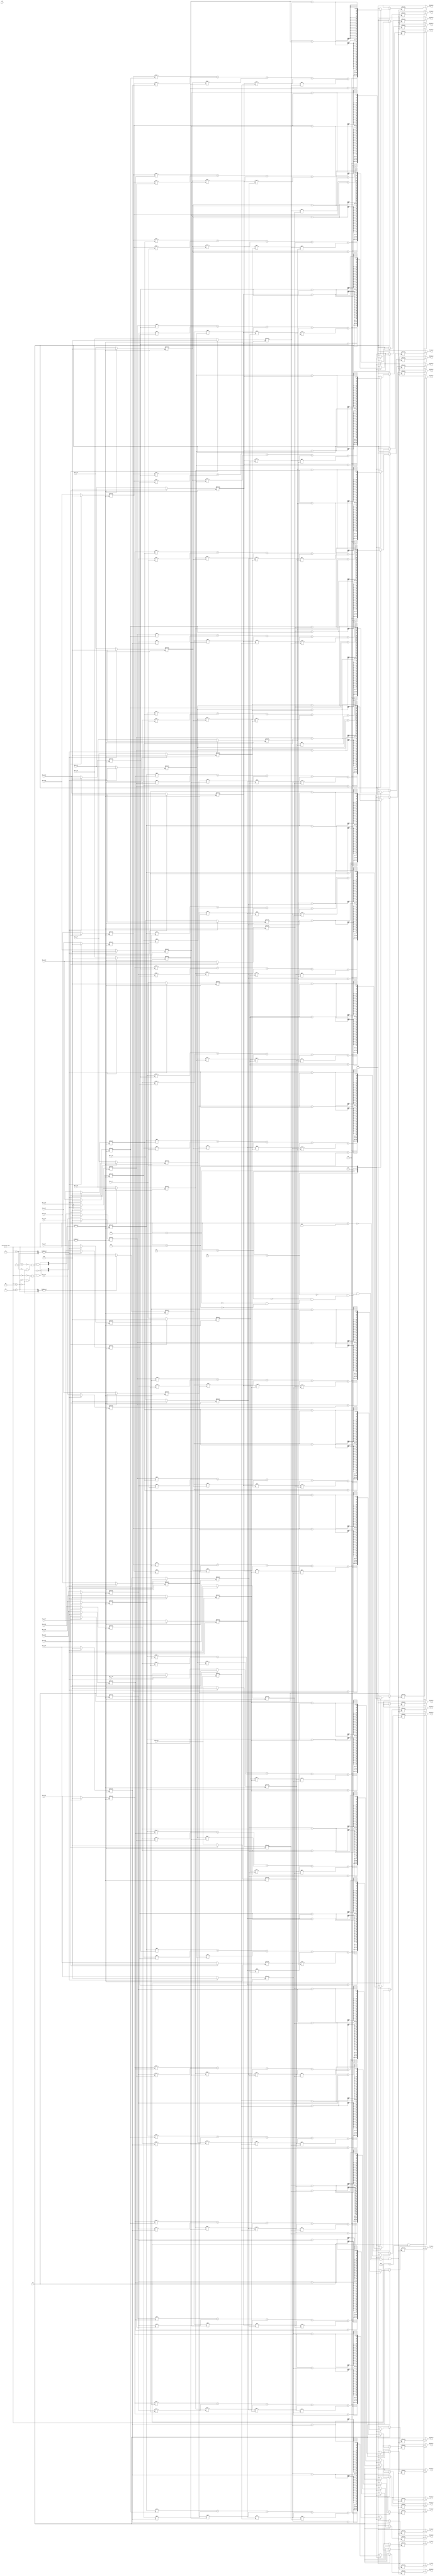
`timescale 1ns / 1ps
//////////////////////////////////////////////////////////////////////////////////
// Company: 
// Engineer: 
// 
// Design Name: 
// Module Name: Matric_MAC
// Project Name: 
// Target Devices: 
// Tool Versions: 
// Description: 
// 
// Dependencies: 
// 
// Revision:
// Revision 0.01 - File Created
// Additional Comments:
// 
//////////////////////////////////////////////////////////////////////////////////


module Matrix_MAC(
    input clk, rst,
    input [3:0] Instruction_Type,

    input [12:0] MAC_A_11, MAC_A_12, MAC_A_13, MAC_A_14, MAC_A_15,
    input [12:0] MAC_A_21, MAC_A_22, MAC_A_23, MAC_A_24, MAC_A_25,
    input [12:0] MAC_A_31, MAC_A_32, MAC_A_33, MAC_A_34, MAC_A_35,
    input [12:0] MAC_A_41, MAC_A_42, MAC_A_43, MAC_A_44, MAC_A_45,
    input [12:0] MAC_A_51, MAC_A_52, MAC_A_53, MAC_A_54, MAC_A_55,
    
    
    output [31:0] MAC_R_11, MAC_R_12, MAC_R_13, MAC_R_14, MAC_R_15, 
    output [31:0] MAC_R_21, MAC_R_22, MAC_R_23, MAC_R_24, MAC_R_25, 
    output [31:0] MAC_R_31, MAC_R_32, MAC_R_33, MAC_R_34, MAC_R_35, 
    output [31:0] MAC_R_41, MAC_R_42, MAC_R_43, MAC_R_44, MAC_R_45, 
    output [31:0] MAC_R_51, MAC_R_52, MAC_R_53, MAC_R_54, MAC_R_55
     
    );
    reg [31:0] MAC_R_11_r, MAC_R_12_r, MAC_R_13_r, MAC_R_14_r, MAC_R_15_r; 
    reg [31:0] MAC_R_21_r, MAC_R_22_r, MAC_R_23_r, MAC_R_24_r, MAC_R_25_r; 
    reg [31:0] MAC_R_31_r, MAC_R_32_r, MAC_R_33_r, MAC_R_34_r, MAC_R_35_r;
    reg [31:0] MAC_R_41_r, MAC_R_42_r, MAC_R_43_r, MAC_R_44_r, MAC_R_45_r;
    reg [31:0] MAC_R_51_r, MAC_R_52_r, MAC_R_53_r, MAC_R_54_r, MAC_R_55_r;
         
    reg [12:0] MAC_A_11_r, MAC_A_12_r, MAC_A_13_r, MAC_A_14_r, MAC_A_15_r;
    reg [12:0] MAC_A_21_r, MAC_A_22_r, MAC_A_23_r, MAC_A_24_r, MAC_A_25_r;
    reg [12:0] MAC_A_31_r, MAC_A_32_r, MAC_A_33_r, MAC_A_34_r, MAC_A_35_r;
    reg [12:0] MAC_A_41_r, MAC_A_42_r, MAC_A_43_r, MAC_A_44_r, MAC_A_45_r;
    reg [12:0] MAC_A_51_r, MAC_A_52_r, MAC_A_53_r, MAC_A_54_r, MAC_A_55_r;
    
    reg [12:0] MAC_B_11_r, MAC_B_12_r, MAC_B_13_r, MAC_B_14_r, MAC_B_15_r;
    reg [12:0] MAC_B_21_r, MAC_B_22_r, MAC_B_23_r, MAC_B_24_r, MAC_B_25_r;
    reg [12:0] MAC_B_31_r, MAC_B_32_r, MAC_B_33_r, MAC_B_34_r, MAC_B_35_r;
    reg [12:0] MAC_B_41_r, MAC_B_42_r, MAC_B_43_r, MAC_B_44_r, MAC_B_45_r;
    reg [12:0] MAC_B_51_r, MAC_B_52_r, MAC_B_53_r, MAC_B_54_r, MAC_B_55_r;
    
    always@(*)
    begin
        if(rst == 0)
        begin
            MAC_R_11_r <= 0; MAC_R_12_r <= 0; MAC_R_13_r <= 0; MAC_R_14_r <= 0; MAC_R_15_r <= 0;
            MAC_R_21_r <= 0; MAC_R_22_r <= 0; MAC_R_23_r <= 0; MAC_R_24_r <= 0; MAC_R_25_r <= 0;
            MAC_R_31_r <= 0; MAC_R_32_r <= 0; MAC_R_33_r <= 0; MAC_R_34_r <= 0; MAC_R_35_r <= 0;
            MAC_R_41_r <= 0; MAC_R_42_r <= 0; MAC_R_43_r <= 0; MAC_R_44_r <= 0; MAC_R_45_r <= 0;
            MAC_R_51_r <= 0; MAC_R_52_r <= 0; MAC_R_53_r <= 0; MAC_R_54_r <= 0; MAC_R_55_r <= 0;
        end
        else
        begin
            case(Instruction_Type)
            0:begin//LOAD MATRIX A
                MAC_A_11_r <= MAC_A_11; MAC_A_12_r <= MAC_A_12; MAC_A_13_r <= MAC_A_13; MAC_A_14_r <= MAC_A_14; MAC_A_15_r <= MAC_A_15; 
                MAC_A_21_r <= MAC_A_21; MAC_A_22_r <= MAC_A_22; MAC_A_23_r <= MAC_A_23; MAC_A_24_r <= MAC_A_24; MAC_A_25_r <= MAC_A_25; 
                MAC_A_31_r <= MAC_A_31; MAC_A_32_r <= MAC_A_32; MAC_A_33_r <= MAC_A_33; MAC_A_34_r <= MAC_A_34; MAC_A_35_r <= MAC_A_35; 
                MAC_A_41_r <= MAC_A_41; MAC_A_42_r <= MAC_A_42; MAC_A_43_r <= MAC_A_43; MAC_A_44_r <= MAC_A_44; MAC_A_45_r <= MAC_A_45; 
                MAC_A_51_r <= MAC_A_51; MAC_A_52_r <= MAC_A_52; MAC_A_53_r <= MAC_A_53; MAC_A_54_r <= MAC_A_54; MAC_A_55_r <= MAC_A_55;
            end
            1:begin//LOAD MATRIX B
                MAC_B_11_r <= MAC_A_11; MAC_B_12_r <= MAC_A_12; MAC_B_13_r <= MAC_A_13; MAC_B_14_r <= MAC_A_14; MAC_B_15_r <= MAC_A_15; 
                MAC_B_21_r <= MAC_A_21; MAC_B_22_r <= MAC_A_22; MAC_B_23_r <= MAC_A_23; MAC_B_24_r <= MAC_A_24; MAC_B_25_r <= MAC_A_25; 
                MAC_B_31_r <= MAC_A_31; MAC_B_32_r <= MAC_A_32; MAC_B_33_r <= MAC_A_33; MAC_B_34_r <= MAC_A_34; MAC_B_35_r <= MAC_A_35; 
                MAC_B_41_r <= MAC_A_41; MAC_B_42_r <= MAC_A_42; MAC_B_43_r <= MAC_A_43; MAC_B_44_r <= MAC_A_44; MAC_B_45_r <= MAC_A_45; 
                MAC_B_51_r <= MAC_A_51; MAC_B_52_r <= MAC_A_52; MAC_B_53_r <= MAC_A_53; MAC_B_54_r <= MAC_A_54; MAC_B_55_r <= MAC_A_55;
            end
            2:begin//CLEAR MATRIX A
                MAC_A_11_r <= 0; MAC_A_12_r <= 0; MAC_A_13_r <= 0; MAC_A_14_r <= 0; MAC_A_15_r <= 0; 
                MAC_A_21_r <= 0; MAC_A_22_r <= 0; MAC_A_23_r <= 0; MAC_A_24_r <= 0; MAC_A_25_r <= 0;
                MAC_A_31_r <= 0; MAC_A_32_r <= 0; MAC_A_33_r <= 0; MAC_A_34_r <= 0; MAC_A_35_r <= 0;
                MAC_A_41_r <= 0; MAC_A_42_r <= 0; MAC_A_43_r <= 0; MAC_A_44_r <= 0; MAC_A_45_r <= 0;
                MAC_A_51_r <= 0; MAC_A_52_r <= 0; MAC_A_53_r <= 0; MAC_A_54_r <= 0; MAC_A_55_r <= 0;
            end
            3:begin//CLEAR MATRIX B
                MAC_B_11_r <= 0; MAC_B_12_r <= 0; MAC_B_13_r <= 0; MAC_B_14_r <= 0; MAC_B_15_r <= 0; 
                MAC_B_21_r <= 0; MAC_B_22_r <= 0; MAC_B_23_r <= 0; MAC_B_24_r <= 0; MAC_B_25_r <= 0;
                MAC_B_31_r <= 0; MAC_B_32_r <= 0; MAC_B_33_r <= 0; MAC_B_34_r <= 0; MAC_B_35_r <= 0;
                MAC_B_41_r <= 0; MAC_B_42_r <= 0; MAC_B_43_r <= 0; MAC_B_44_r <= 0; MAC_B_45_r <= 0;
                MAC_B_51_r <= 0; MAC_B_52_r <= 0; MAC_B_53_r <= 0; MAC_B_54_r <= 0; MAC_B_55_r <= 0;
            end
            4:begin//CLEAR MATRIX R
                MAC_R_11_r <= 0; MAC_R_12_r <= 0; MAC_R_13_r <= 0; MAC_R_14_r <= 0; MAC_R_15_r <= 0;
                MAC_R_21_r <= 0; MAC_R_22_r <= 0; MAC_R_23_r <= 0; MAC_R_24_r <= 0; MAC_R_25_r <= 0;
                MAC_R_31_r <= 0; MAC_R_32_r <= 0; MAC_R_33_r <= 0; MAC_R_34_r <= 0; MAC_R_35_r <= 0;
                MAC_R_41_r <= 0; MAC_R_42_r <= 0; MAC_R_43_r <= 0; MAC_R_44_r <= 0; MAC_R_45_r <= 0;
                MAC_R_51_r <= 0; MAC_R_52_r <= 0; MAC_R_53_r <= 0; MAC_R_54_r <= 0; MAC_R_55_r <= 0;
            end
            5:begin//CLEAR ALL
                MAC_R_11_r <= 0; MAC_R_12_r <= 0; MAC_R_13_r <= 0; MAC_R_14_r <= 0; MAC_R_15_r <= 0;
                MAC_R_21_r <= 0; MAC_R_22_r <= 0; MAC_R_23_r <= 0; MAC_R_24_r <= 0; MAC_R_25_r <= 0;
                MAC_R_31_r <= 0; MAC_R_32_r <= 0; MAC_R_33_r <= 0; MAC_R_34_r <= 0; MAC_R_35_r <= 0;
                MAC_R_41_r <= 0; MAC_R_42_r <= 0; MAC_R_43_r <= 0; MAC_R_44_r <= 0; MAC_R_45_r <= 0;
                MAC_R_51_r <= 0; MAC_R_52_r <= 0; MAC_R_53_r <= 0; MAC_R_54_r <= 0; MAC_R_55_r <= 0;
                        
                MAC_A_11_r <= 0; MAC_A_12_r <= 0; MAC_A_13_r <= 0; MAC_A_14_r <= 0; MAC_A_15_r <= 0; 
                MAC_A_21_r <= 0; MAC_A_22_r <= 0; MAC_A_23_r <= 0; MAC_A_24_r <= 0; MAC_A_25_r <= 0;
                MAC_A_31_r <= 0; MAC_A_32_r <= 0; MAC_A_33_r <= 0; MAC_A_34_r <= 0; MAC_A_35_r <= 0;
                MAC_A_41_r <= 0; MAC_A_42_r <= 0; MAC_A_43_r <= 0; MAC_A_44_r <= 0; MAC_A_45_r <= 0;
                MAC_A_51_r <= 0; MAC_A_52_r <= 0; MAC_A_53_r <= 0; MAC_A_54_r <= 0; MAC_A_55_r <= 0;
                
                MAC_B_11_r <= 0; MAC_B_12_r <= 0; MAC_B_13_r <= 0; MAC_B_14_r <= 0; MAC_B_15_r <= 0; 
                MAC_B_21_r <= 0; MAC_B_22_r <= 0; MAC_B_23_r <= 0; MAC_B_24_r <= 0; MAC_B_25_r <= 0;
                MAC_B_31_r <= 0; MAC_B_32_r <= 0; MAC_B_33_r <= 0; MAC_B_34_r <= 0; MAC_B_35_r <= 0;
                MAC_B_41_r <= 0; MAC_B_42_r <= 0; MAC_B_43_r <= 0; MAC_B_44_r <= 0; MAC_B_45_r <= 0;
                MAC_B_51_r <= 0; MAC_B_52_r <= 0; MAC_B_53_r <= 0; MAC_B_54_r <= 0; MAC_B_55_r <= 0;
            end
            6:begin//MATRIX MULTIPLY
                MAC_R_11_r <= (MAC_A_11_r * MAC_B_11_r) + (MAC_A_12_r * MAC_B_21_r) + (MAC_A_13_r * MAC_B_31_r) + (MAC_A_14_r * MAC_B_41_r) + (MAC_A_15_r * MAC_B_51_r);
                MAC_R_12_r <= (MAC_A_11_r * MAC_B_12_r) + (MAC_A_12_r * MAC_B_22_r) + (MAC_A_13_r * MAC_B_32_r) + (MAC_A_14_r * MAC_B_42_r) + (MAC_A_15_r * MAC_B_52_r);
                MAC_R_13_r <= (MAC_A_11_r * MAC_B_13_r) + (MAC_A_12_r * MAC_B_23_r) + (MAC_A_13_r * MAC_B_33_r) + (MAC_A_14_r * MAC_B_43_r) + (MAC_A_15_r * MAC_B_53_r);
                MAC_R_14_r <= (MAC_A_11_r * MAC_B_14_r) + (MAC_A_12_r * MAC_B_24_r) + (MAC_A_13_r * MAC_B_34_r) + (MAC_A_14_r * MAC_B_44_r) + (MAC_A_15_r * MAC_B_54_r);
                MAC_R_15_r <= (MAC_A_11_r * MAC_B_15_r) + (MAC_A_12_r * MAC_B_25_r) + (MAC_A_13_r * MAC_B_35_r) + (MAC_A_14_r * MAC_B_45_r) + (MAC_A_15_r * MAC_B_55_r);

                MAC_R_21_r <= (MAC_A_21_r * MAC_B_11_r) + (MAC_A_22_r * MAC_B_21_r) + (MAC_A_23_r * MAC_B_31_r) + (MAC_A_24_r * MAC_B_41_r) + (MAC_A_25_r * MAC_B_51_r);
                MAC_R_22_r <= (MAC_A_21_r * MAC_B_12_r) + (MAC_A_22_r * MAC_B_22_r) + (MAC_A_23_r * MAC_B_32_r) + (MAC_A_24_r * MAC_B_42_r) + (MAC_A_25_r * MAC_B_52_r);
                MAC_R_23_r <= (MAC_A_21_r * MAC_B_13_r) + (MAC_A_22_r * MAC_B_23_r) + (MAC_A_23_r * MAC_B_33_r) + (MAC_A_24_r * MAC_B_43_r) + (MAC_A_25_r * MAC_B_53_r);
                MAC_R_24_r <= (MAC_A_21_r * MAC_B_14_r) + (MAC_A_22_r * MAC_B_24_r) + (MAC_A_23_r * MAC_B_34_r) + (MAC_A_24_r * MAC_B_44_r) + (MAC_A_25_r * MAC_B_54_r);
                MAC_R_25_r <= (MAC_A_21_r * MAC_B_15_r) + (MAC_A_22_r * MAC_B_25_r) + (MAC_A_23_r * MAC_B_35_r) + (MAC_A_24_r * MAC_B_45_r) + (MAC_A_25_r * MAC_B_55_r);
                
                MAC_R_31_r <= (MAC_A_31_r * MAC_B_11_r) + (MAC_A_32_r * MAC_B_21_r) + (MAC_A_33_r * MAC_B_31_r) + (MAC_A_34_r * MAC_B_41_r) + (MAC_A_35_r * MAC_B_51_r);
                MAC_R_32_r <= (MAC_A_31_r * MAC_B_12_r) + (MAC_A_32_r * MAC_B_22_r) + (MAC_A_33_r * MAC_B_32_r) + (MAC_A_34_r * MAC_B_42_r) + (MAC_A_35_r * MAC_B_52_r);
                MAC_R_33_r <= (MAC_A_31_r * MAC_B_13_r) + (MAC_A_32_r * MAC_B_23_r) + (MAC_A_33_r * MAC_B_33_r) + (MAC_A_34_r * MAC_B_43_r) + (MAC_A_35_r * MAC_B_53_r);
                MAC_R_34_r <= (MAC_A_31_r * MAC_B_14_r) + (MAC_A_32_r * MAC_B_24_r) + (MAC_A_33_r * MAC_B_34_r) + (MAC_A_34_r * MAC_B_44_r) + (MAC_A_35_r * MAC_B_54_r);
                MAC_R_35_r <= (MAC_A_31_r * MAC_B_15_r) + (MAC_A_32_r * MAC_B_25_r) + (MAC_A_33_r * MAC_B_35_r) + (MAC_A_34_r * MAC_B_45_r) + (MAC_A_35_r * MAC_B_55_r);
                
                MAC_R_41_r <= (MAC_A_41_r * MAC_B_11_r) + (MAC_A_42_r * MAC_B_21_r) + (MAC_A_43_r * MAC_B_31_r) + (MAC_A_44_r * MAC_B_41_r) + (MAC_A_45_r * MAC_B_51_r);
                MAC_R_42_r <= (MAC_A_41_r * MAC_B_12_r) + (MAC_A_42_r * MAC_B_22_r) + (MAC_A_43_r * MAC_B_32_r) + (MAC_A_44_r * MAC_B_42_r) + (MAC_A_45_r * MAC_B_52_r);
                MAC_R_43_r <= (MAC_A_41_r * MAC_B_13_r) + (MAC_A_42_r * MAC_B_23_r) + (MAC_A_43_r * MAC_B_33_r) + (MAC_A_44_r * MAC_B_43_r) + (MAC_A_45_r * MAC_B_53_r);
                MAC_R_44_r <= (MAC_A_41_r * MAC_B_14_r) + (MAC_A_42_r * MAC_B_24_r) + (MAC_A_43_r * MAC_B_34_r) + (MAC_A_44_r * MAC_B_44_r) + (MAC_A_45_r * MAC_B_54_r);
                MAC_R_45_r <= (MAC_A_41_r * MAC_B_15_r) + (MAC_A_42_r * MAC_B_25_r) + (MAC_A_43_r * MAC_B_35_r) + (MAC_A_44_r * MAC_B_45_r) + (MAC_A_45_r * MAC_B_55_r);
                
                MAC_R_51_r <= (MAC_A_51_r * MAC_B_11_r) + (MAC_A_52_r * MAC_B_21_r) + (MAC_A_53_r * MAC_B_31_r) + (MAC_A_54_r * MAC_B_41_r) + (MAC_A_55_r * MAC_B_51_r);
                MAC_R_52_r <= (MAC_A_51_r * MAC_B_12_r) + (MAC_A_52_r * MAC_B_22_r) + (MAC_A_53_r * MAC_B_32_r) + (MAC_A_54_r * MAC_B_42_r) + (MAC_A_55_r * MAC_B_52_r);
                MAC_R_53_r <= (MAC_A_51_r * MAC_B_13_r) + (MAC_A_52_r * MAC_B_23_r) + (MAC_A_53_r * MAC_B_33_r) + (MAC_A_54_r * MAC_B_43_r) + (MAC_A_55_r * MAC_B_53_r);
                MAC_R_54_r <= (MAC_A_51_r * MAC_B_14_r) + (MAC_A_52_r * MAC_B_24_r) + (MAC_A_53_r * MAC_B_34_r) + (MAC_A_54_r * MAC_B_44_r) + (MAC_A_55_r * MAC_B_54_r);
                MAC_R_55_r <= (MAC_A_51_r * MAC_B_15_r) + (MAC_A_52_r * MAC_B_25_r) + (MAC_A_53_r * MAC_B_35_r) + (MAC_A_54_r * MAC_B_45_r) + (MAC_A_55_r * MAC_B_55_r);
                
            end
            7:begin//MATRIX ADD, A + B
                MAC_R_11_r  <= MAC_A_11_r + MAC_B_11_r; 
                MAC_R_12_r  <= MAC_A_12_r + MAC_B_12_r; 
                MAC_R_13_r  <= MAC_A_13_r + MAC_B_13_r; 
                MAC_R_14_r  <= MAC_A_14_r + MAC_B_14_r; 
                MAC_R_15_r  <= MAC_A_15_r + MAC_B_15_r; 
                
                MAC_R_21_r  <= MAC_A_21_r + MAC_B_21_r; 
                MAC_R_22_r  <= MAC_A_22_r + MAC_B_22_r; 
                MAC_R_23_r  <= MAC_A_23_r + MAC_B_23_r; 
                MAC_R_24_r  <= MAC_A_24_r + MAC_B_24_r; 
                MAC_R_25_r  <= MAC_A_25_r + MAC_B_25_r; 
                
                MAC_R_31_r  <= MAC_A_31_r + MAC_B_31_r; 
                MAC_R_32_r  <= MAC_A_32_r + MAC_B_32_r; 
                MAC_R_33_r  <= MAC_A_33_r + MAC_B_33_r; 
                MAC_R_34_r  <= MAC_A_34_r + MAC_B_34_r; 
                MAC_R_35_r  <= MAC_A_35_r + MAC_B_35_r; 
                
                MAC_R_41_r  <= MAC_A_41_r + MAC_B_41_r; 
                MAC_R_42_r  <= MAC_A_42_r + MAC_B_42_r; 
                MAC_R_43_r  <= MAC_A_43_r + MAC_B_43_r; 
                MAC_R_44_r  <= MAC_A_44_r + MAC_B_44_r; 
                MAC_R_45_r  <= MAC_A_45_r + MAC_B_45_r; 
                
                MAC_R_51_r  <= MAC_A_51_r + MAC_B_51_r; 
                MAC_R_52_r  <= MAC_A_52_r + MAC_B_52_r; 
                MAC_R_53_r  <= MAC_A_53_r + MAC_B_53_r; 
                MAC_R_54_r  <= MAC_A_54_r + MAC_B_54_r; 
                MAC_R_55_r  <= MAC_A_55_r + MAC_B_55_r;                 
            end
            8:begin//MATRIX SUBTRACT, A - B
                MAC_R_11_r  <= MAC_A_11_r - MAC_B_11_r; 
                MAC_R_12_r  <= MAC_A_12_r - MAC_B_12_r; 
                MAC_R_13_r  <= MAC_A_13_r - MAC_B_13_r; 
                MAC_R_14_r  <= MAC_A_14_r - MAC_B_14_r; 
                MAC_R_15_r  <= MAC_A_15_r - MAC_B_15_r; 
                
                MAC_R_21_r  <= MAC_A_21_r - MAC_B_21_r; 
                MAC_R_22_r  <= MAC_A_22_r - MAC_B_22_r; 
                MAC_R_23_r  <= MAC_A_23_r - MAC_B_23_r; 
                MAC_R_24_r  <= MAC_A_24_r - MAC_B_24_r; 
                MAC_R_25_r  <= MAC_A_25_r - MAC_B_25_r; 
                
                MAC_R_31_r  <= MAC_A_31_r - MAC_B_31_r; 
                MAC_R_32_r  <= MAC_A_32_r - MAC_B_32_r; 
                MAC_R_33_r  <= MAC_A_33_r - MAC_B_33_r; 
                MAC_R_34_r  <= MAC_A_34_r - MAC_B_34_r; 
                MAC_R_35_r  <= MAC_A_35_r - MAC_B_35_r; 
                
                MAC_R_41_r  <= MAC_A_41_r - MAC_B_41_r; 
                MAC_R_42_r  <= MAC_A_42_r - MAC_B_42_r; 
                MAC_R_43_r  <= MAC_A_43_r - MAC_B_43_r; 
                MAC_R_44_r  <= MAC_A_44_r - MAC_B_44_r; 
                MAC_R_45_r  <= MAC_A_45_r - MAC_B_45_r; 
                
                MAC_R_51_r  <= MAC_A_51_r - MAC_B_51_r; 
                MAC_R_52_r  <= MAC_A_52_r - MAC_B_52_r; 
                MAC_R_53_r  <= MAC_A_53_r - MAC_B_53_r; 
                MAC_R_54_r  <= MAC_A_54_r - MAC_B_54_r; 
                MAC_R_55_r  <= MAC_A_55_r - MAC_B_55_r; 
            end
            9:begin//Matrix SUBTRACT, B - A
                MAC_R_11_r  <= MAC_B_11_r - MAC_A_11_r; 
                MAC_R_12_r  <= MAC_B_12_r - MAC_A_12_r; 
                MAC_R_13_r  <= MAC_B_13_r - MAC_A_13_r; 
                MAC_R_14_r  <= MAC_B_14_r - MAC_A_14_r; 
                MAC_R_15_r  <= MAC_B_15_r - MAC_A_15_r; 
                
                MAC_R_21_r  <= MAC_B_21_r - MAC_A_21_r; 
                MAC_R_22_r  <= MAC_B_22_r - MAC_A_22_r; 
                MAC_R_23_r  <= MAC_B_23_r - MAC_A_23_r; 
                MAC_R_24_r  <= MAC_B_24_r - MAC_A_24_r; 
                MAC_R_25_r  <= MAC_B_25_r - MAC_A_25_r; 
                
                MAC_R_31_r  <= MAC_B_31_r - MAC_A_31_r; 
                MAC_R_32_r  <= MAC_B_32_r - MAC_A_32_r; 
                MAC_R_33_r  <= MAC_B_33_r - MAC_A_33_r; 
                MAC_R_34_r  <= MAC_B_34_r - MAC_A_34_r; 
                MAC_R_35_r  <= MAC_B_35_r - MAC_A_35_r; 
                
                MAC_R_41_r  <= MAC_B_41_r - MAC_A_41_r; 
                MAC_R_42_r  <= MAC_B_42_r - MAC_A_42_r; 
                MAC_R_43_r  <= MAC_B_43_r - MAC_A_43_r; 
                MAC_R_44_r  <= MAC_B_44_r - MAC_A_44_r; 
                MAC_R_45_r  <= MAC_B_45_r - MAC_A_45_r; 
                
                MAC_R_51_r  <= MAC_B_51_r - MAC_A_51_r; 
                MAC_R_52_r  <= MAC_B_52_r - MAC_A_52_r; 
                MAC_R_53_r  <= MAC_B_53_r - MAC_A_53_r; 
                MAC_R_54_r  <= MAC_B_54_r - MAC_A_54_r; 
                MAC_R_55_r  <= MAC_B_55_r - MAC_A_55_r; 
            end
            default begin
                
            end
            
            endcase
        end
    end
    
    assign MAC_R_11 = (rst != 0 && Instruction_Type == 10) ? MAC_R_11_r : 0;
    assign MAC_R_12 = (rst != 0 && Instruction_Type == 10) ? MAC_R_12_r : 0;
    assign MAC_R_13 = (rst != 0 && Instruction_Type == 10) ? MAC_R_13_r : 0;
    assign MAC_R_14 = (rst != 0 && Instruction_Type == 10) ? MAC_R_14_r : 0;
    assign MAC_R_15 = (rst != 0 && Instruction_Type == 10) ? MAC_R_15_r : 0;

    assign MAC_R_21 = (rst != 0 && Instruction_Type == 10) ? MAC_R_21_r : 0;
    assign MAC_R_22 = (rst != 0 && Instruction_Type == 10) ? MAC_R_22_r : 0;
    assign MAC_R_23 = (rst != 0 && Instruction_Type == 10) ? MAC_R_23_r : 0;
    assign MAC_R_24 = (rst != 0 && Instruction_Type == 10) ? MAC_R_24_r : 0;
    assign MAC_R_25 = (rst != 0 && Instruction_Type == 10) ? MAC_R_25_r : 0;
    
    assign MAC_R_31 = (rst != 0 && Instruction_Type == 10) ? MAC_R_31_r : 0;
    assign MAC_R_32 = (rst != 0 && Instruction_Type == 10) ? MAC_R_32_r : 0;
    assign MAC_R_33 = (rst != 0 && Instruction_Type == 10) ? MAC_R_33_r : 0;
    assign MAC_R_34 = (rst != 0 && Instruction_Type == 10) ? MAC_R_34_r : 0;
    assign MAC_R_35 = (rst != 0 && Instruction_Type == 10) ? MAC_R_35_r : 0;
    
    assign MAC_R_41 = (rst != 0 && Instruction_Type == 10) ? MAC_R_41_r : 0;
    assign MAC_R_42 = (rst != 0 && Instruction_Type == 10) ? MAC_R_42_r : 0;
    assign MAC_R_43 = (rst != 0 && Instruction_Type == 10) ? MAC_R_43_r : 0;
    assign MAC_R_44 = (rst != 0 && Instruction_Type == 10) ? MAC_R_44_r : 0;
    assign MAC_R_45 = (rst != 0 && Instruction_Type == 10) ? MAC_R_45_r : 0;
    
    assign MAC_R_51 = (rst != 0 && Instruction_Type == 10) ? MAC_R_51_r : 0;
    assign MAC_R_52 = (rst != 0 && Instruction_Type == 10) ? MAC_R_52_r : 0;
    assign MAC_R_53 = (rst != 0 && Instruction_Type == 10) ? MAC_R_53_r : 0;
    assign MAC_R_54 = (rst != 0 && Instruction_Type == 10) ? MAC_R_54_r : 0;
    assign MAC_R_55 = (rst != 0 && Instruction_Type == 10) ? MAC_R_55_r : 0;
    
endmodule